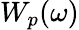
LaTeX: W_{p}(\omega)